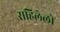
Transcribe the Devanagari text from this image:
राहिलेलो